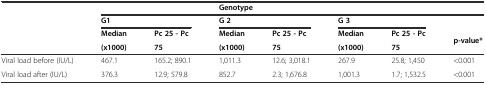
<table><thead><tr><td></td><td></td><td></td><td colspan="3"><b>Genotype</b></td><td></td><td></td></tr><tr><td rowspan="3"></td><td><b>G1</b></td><td></td><td colspan="2"><b>G 2</b></td><td colspan="2"><b>G 3</b></td><td></td></tr><tr><td><b>Median</b></td><td><b>Pc 25 - Pc</b></td><td><b>Median</b></td><td><b>Pc 25 - Pc</b></td><td><b>Median</b></td><td><b>Pc 25 - Pc</b></td><td rowspan="2"><b>p-value*</b></td></tr><tr><td><b>(x1000)</b></td><td><b>75</b></td><td><b>(x1000)</b></td><td><b>75</b></td><td><b>(x1000)</b></td><td><b>75</b></td></tr></thead><tbody><tr><td>Viral load before (IU/L)</td><td>467.1</td><td>165.2; 890.1</td><td>1,011.3</td><td>12.6; 3,018.1</td><td>267.9</td><td>25.8; 1,450</td><td>&lt;0.001</td></tr><tr><td>Viral load after (IU/L)</td><td>376.3</td><td>12.9; 579.8</td><td>852.7</td><td>2.3; 1,676.8</td><td>1,001.3</td><td>1.7; 1,532.5</td><td>&lt;0.001</td></tr></tbody></table>